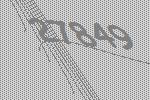
27849